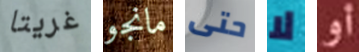
غريتا مانجو حتى لا أو